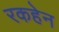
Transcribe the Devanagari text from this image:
रकहेन